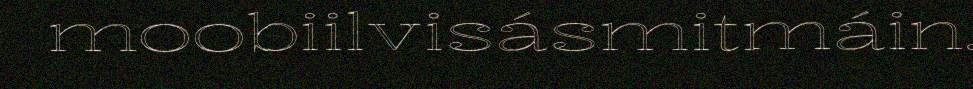
moobiilvisásmitmáin.